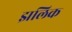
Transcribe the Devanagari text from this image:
झलिक